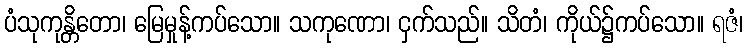
ပံသုကုန္တိတော၊ မြေမှုန့်ကပ်သော။ သကုဏော၊ ငှက်သည်။ သိတံ၊ ကိုယ်၌ကပ်သော။ ရဇံ၊